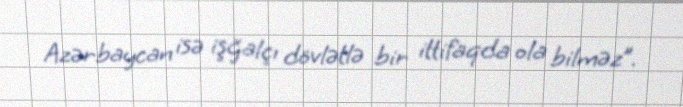
Azərbaycan isə işğalçı dövlətlə bir ittifaqda ola bilməz”.